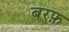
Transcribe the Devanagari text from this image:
बरफ़